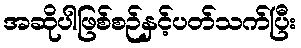
အဆိုပါဖြစ်စဉ်နှင့်ပတ်သက်ပြီး